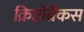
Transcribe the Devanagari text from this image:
क्रिष्टोब्रैकस